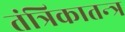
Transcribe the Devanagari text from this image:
तंत्रिकातन्त्र